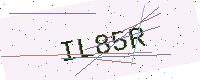
Text: IL85R